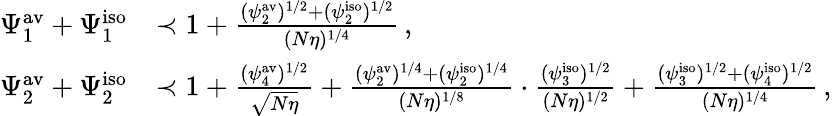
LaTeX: \begin{array}{rl}{\Psi_{1}^{\mathrm{av}}+\Psi_{1}^{\mathrm{iso}}}&{\prec 1+\frac{(\psi_{2}^{\mathrm{av}})^{1/2}+(\psi_{2}^{\mathrm{iso}})^{1/2}}{(N\eta)^{1/4}}\, ,}\\ {\Psi_{2}^{\mathrm{av}}+\Psi_{2}^{\mathrm{iso}}}&{\prec 1+\frac{(\psi_{4}^{\mathrm{av}})^{1/2}}{\sqrt{N\eta}}+\frac{(\psi_{2}^{\mathrm{av}})^{1/4}+(\psi_{2}^{\mathrm{iso}})^{1/4}}{(N\eta)^{1/8}}\cdot\frac{(\psi_{3}^{\mathrm{iso}})^{1/2}}{(N\eta)^{1/2}}+\frac{(\psi_{3}^{\mathrm{iso}})^{1/2}+(\psi_{4}^{\mathrm{iso}})^{1/2}}{(N\eta)^{1/4}}\, ,}\end{array}